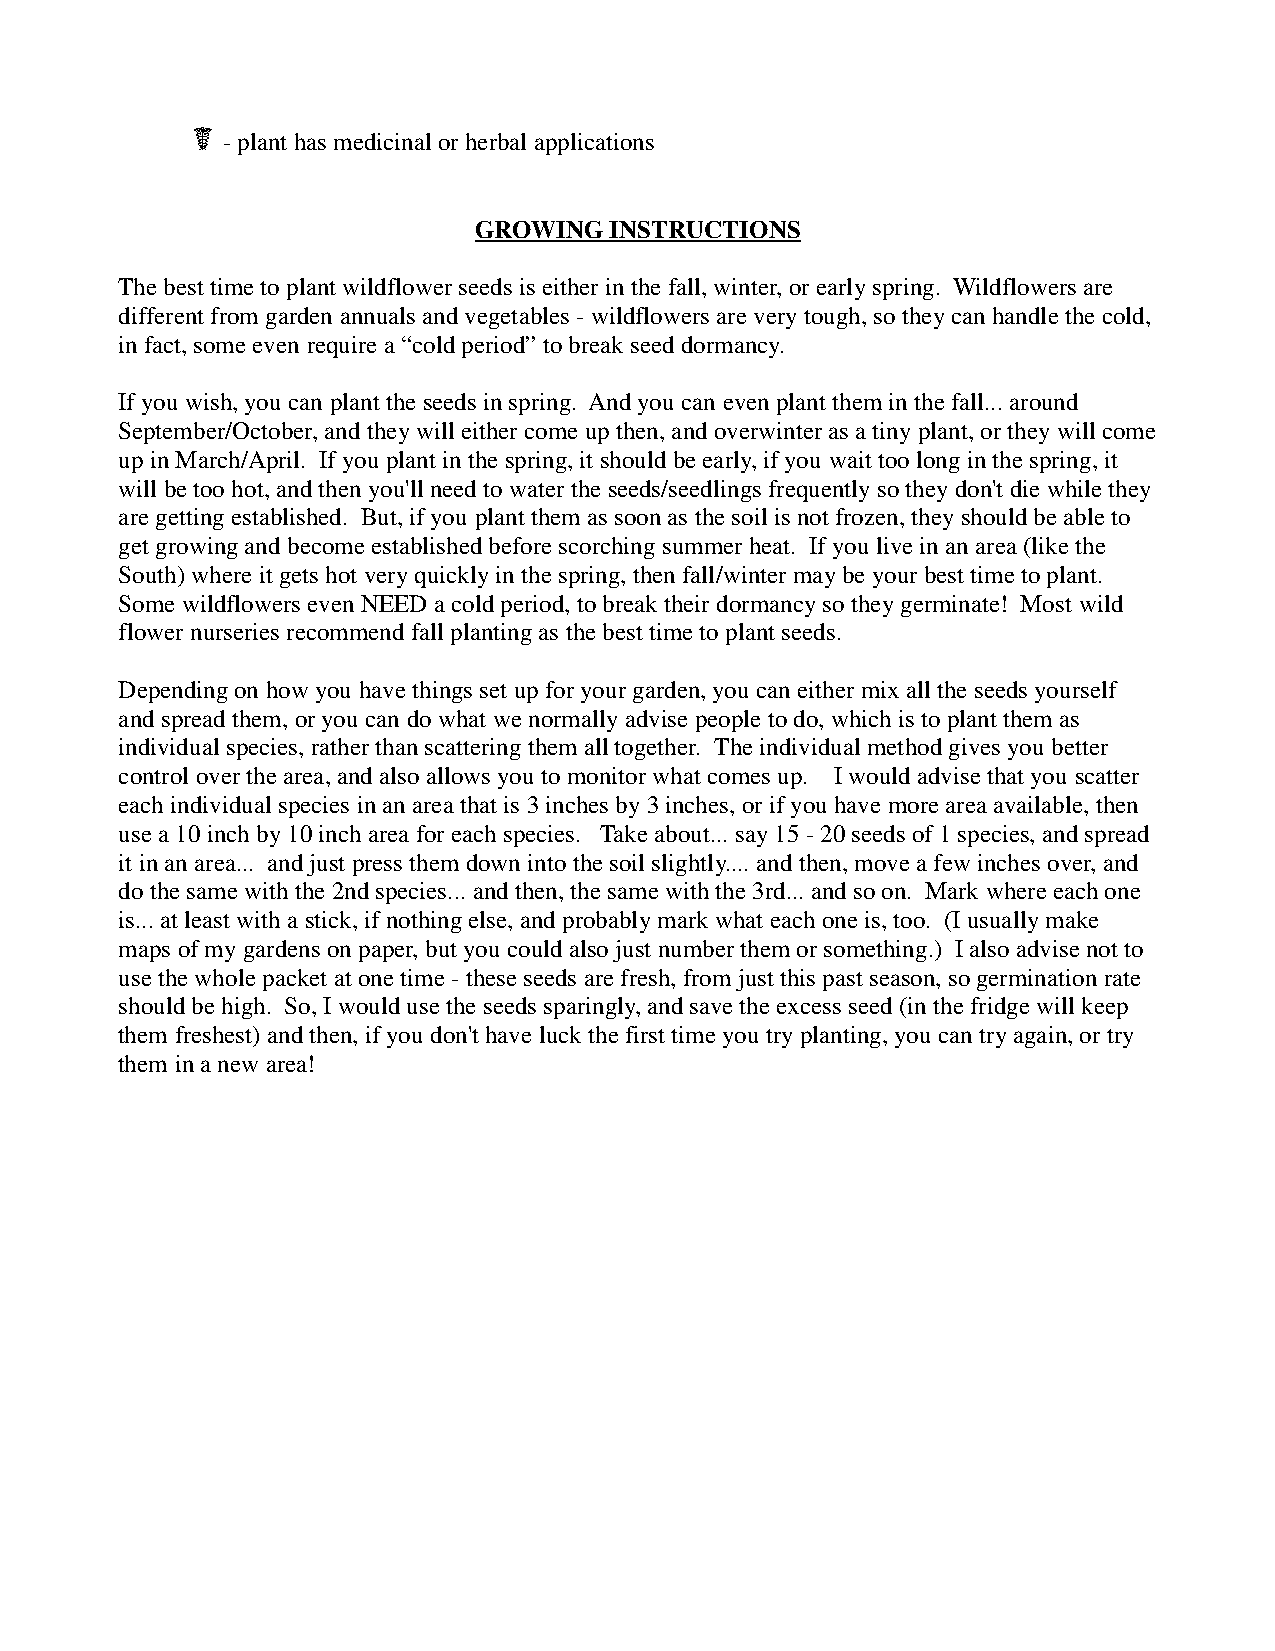
☤
 - plant has medicinal or herbal applications
 GROWING  INSTRUCTIONS
 The best time to plant wildflower seeds is either in the fall, winter, or early spring. Wildflowers are
 different from garden annuals and vegetables - wildflowers are very tough, so they can handle the cold,
 in fact, some even require a “cold period” to break seed dormancy.
 If you wish, you can plant the seeds in spring. And you can even plant them in the fall... around
 September/October, and they will either come up then, and overwinter as a tiny plant, or they will come
 up in March/April. If you plant in the spring, it should be early, if you wait too long in the spring, it
 will be too hot, and then you'll need to water the seeds/seedlings frequently so they don't die while they
 are getting established. But, if you plant them as soon as the soil is not frozen, they should be able to
 get growing and become established before scorching summer heat. If you live in an area (like the
 South) where it gets hot very quickly in the spring, then fall/winter may be your best time to plant.
 Some wildflowers even NEED a cold period, to break their dormancy so they germinate! Most wild
 flower nurseries recommend fall planting as the best time to plant seeds.
 Depending on how you have things set up for your garden, you can either mix all the seeds yourself
 and spread them, or you can do what we normally advise people to do, which is to plant them as
 individual species, rather than scattering them all together. The individual method gives you better
 control over the area, and also allows you to monitor what comes up. I would advise that you scatter
 each individual species in an area that is 3 inches by 3 inches, or if you have more area available, then
 use a 10 inch by 10 inch area for each species. Take about... say 15 - 20 seeds of 1 species, and spread
 it in an area... and just press them down into the soil slightly.... and then, move a few inches over, and
 do the same with the 2nd species... and then, the same with the 3rd... and so on. Mark where each one
 is... at least with a stick, if nothing else, and probably mark what each one is, too. (I usually make
 maps of my gardens on paper, but you could also just number them or something.) I also advise not to
 use the whole packet at one time - these seeds are fresh, from just this past season, so germination rate
 should be high. So, I would use the seeds sparingly, and save the excess seed (in the fridge will keep
 them freshest) and then, if you don't have luck the first time you try planting, you can try again, or try
 them in a new area!